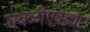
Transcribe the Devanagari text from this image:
चवळीएवढ्या